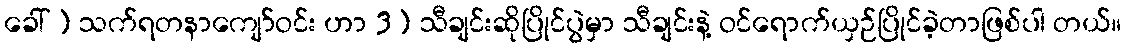
ခေါ် ) သက်ရတနာကျော်ဝင်း ဟာ 3) သီချင်းဆိုပြိုင်ပွဲမှာ သီချင်းနဲ့ ဝင်ရောက်ယှဉ်ပြိုင်ခဲ့တာဖြစ်ပါ တယ်။